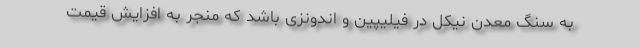
به سنگ معدن نیکل در فیلیپین و اندونزی باشد که منجر به افزایش قیمت